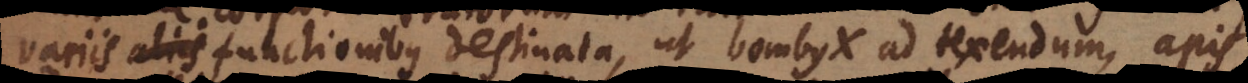
variis aliis functionibus destinata, ut bombyx ad texendum, apis